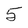
Character: 5